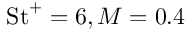
\mathrm { S t } ^ { + } = 6 , M = 0 . 4